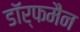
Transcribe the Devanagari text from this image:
डॉर्फमैन